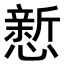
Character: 𪬴